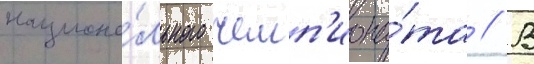
национа́льного чемп'иона́та // В